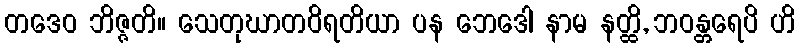
တဒေဝ ဘိဇ္ဇတိ။ သေတုဃာတဝိရတိယာ ပန ဘေဒေါ နာမ နတ္ထိ, ဘဝန္တရေပိ ဟိ